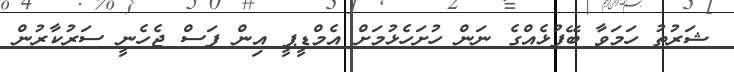
ޝަރުތު ހަމަވާ ބޭފުޅެއްގެ ނަން ހުށަހެޅުމަށް އެމްޑީޕީ އިން ފަސް ޖެހެނީ ސަރުކާރުން